Lunatic asylums Bombay report 1878-1890 - 1878-1890
Year: 1878
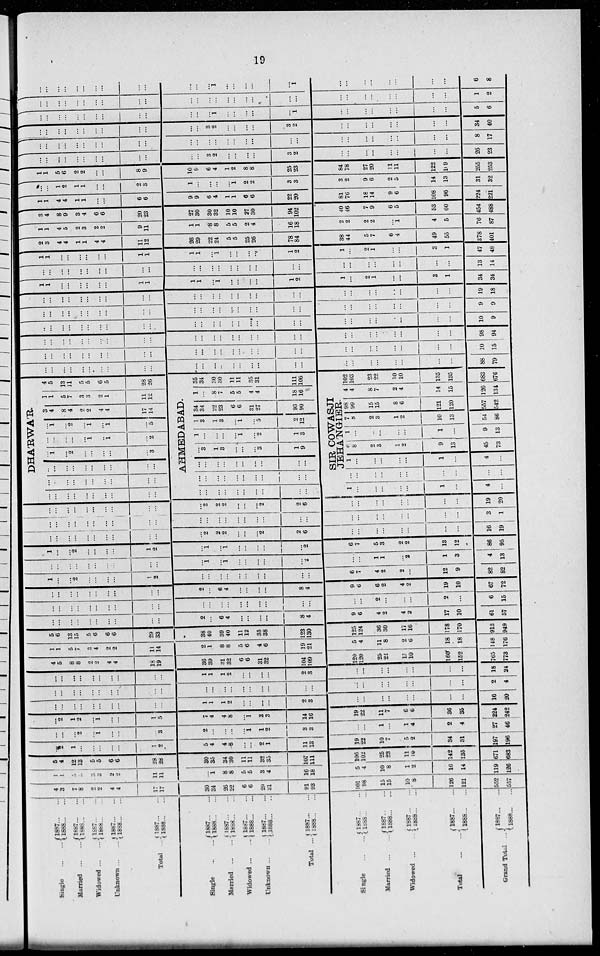
19
Single ... ...
Married ... ...
Widowed
...
...
Unknown
...
...
Total
...
Single ... ...
Married
...
...
Widowed
...
...
Unknown ... ...
Total ...
1887 ... ...
1888 ... ...
1887
...
...
1888 ... ...
1887 ... ...
1888 ... ...
1887 ... ...
1888 ... ...
1887 ... ...
1888 ... ...
1887
...
...
1888 ... ...
1887 ... ...
1888 ... ...
1887 ... ...
1888 ... ...
1887 ... ...
1888 ... ...
1887 ... ...
1888 ... ...
Single
...
...
Married ... ...
Widowed ... ...
Total ... ...
Grand Total ...
1887 ... ...
1888 ... ...
1887 ... ...
1888 ... ...
1887
...
...
1888 ... ...
1887 ... ...
1888 ... ...
1887 ... ...
1888 ... ...
4
3
7
8
2
2
4
4
17
17
30
34
26
22
6
6
29
31
91
93
101
98
15
15
10
8
126
121
552
557
1
1
5
5
3
3
2
2
11
11
...
1
8
8
5
5
3
4
16
18
5
4
10
8
1
2
16
14
119
126
5
4
12
13
5
5
6
6
28
28
30
35
34
30
11
11
32
35
107
111
106
102
25
23
11
10
142
135
671
683
...
2
1
...
...
...
...
...
1
2
5
4
4
8
...
...
2
1
11
13
19
22
10
7
5
2
34
31
197
196
...
...
...
2
...
1
...
...
...
3
2
...
...
...
...
1
1
2
3
3
...
...
1
...
1
4
2
4
27
46
...
2
1
2
...
1
...
...
1
5
7
4
4
8
...
1
3
3
14
16
19
22
11
7
6
6
36
35
224
242
...
...
...
...
...
...
...
...
...
...
1
1
1
2
...
...
...
...
2
3
...
...
...
...
...
...
...
...
16
20
...
...
...
...
...
...
...
...
...
...
...
...
...
...
...
...
...
...
...
...
...
...
...
...
...
...
...
...
2
4
...
...
...
...
...
...
...
...
...
...
1
1
1
2
...
...
...
...
2
3
...
...
...
...
...
...
...
...
18
24
4
5
8
8
2
2
4
4
18
19
36
39
31
32
6
6
31
32
104
109
120
120
25
22
15
10
160
152
765
773
1
1
5
7
3
4
2
2
11
14
2
1
8
8
5
6
4
6
19
21
5
4
11
8
2
6
18
18
148
176
5
6
13
15
5
6
6
6
29
33
38
40
39
40
11
12
35
38
123
130
125
124
36
30
17
16
178
170
913
949
...
...
...
...
...
...
...
...
...
...
2
...
6
4
...
...
...
...
8
4
9
6
4
2
4
2
17
10
61
57
...
...
...
...
...
...
...
...
...
...
...
...
...
...
...
...
...
...
...
...
...
...
2
...
...
...
2
...
6
15
...
...
...
...
...
...
...
...
...
...
2
...
6
4
...
...
...
...
8
4
9
6
6
2
4
2
19
10
67
72
1
...
...
2
...
...
...
...
1
2
...
...
...
...
...
...
...
...
...
...
6
7
4
2
2
...
12
9
82
82
...
...
...
...
...
...
...
...
...
...
...
1
...
1
...
...
...
...
...
2
...
...
1
1
...
2
1
3
4
13
1
...
...
2
...
...
...
...
1
2
...
1
...
1
...
...
...
...
...
2
6
7
5
3
2
2
13
12
86
95
...
...
...
...
...
...
...
...
...
...
...
2
2
2
...
...
...
2
2
6
...
...
...
...
...
...
...
...
16
19
...
...
...
...
...
...
...
...
...
...
...
...
...
...
...
...
...
...
...
...
...
...
...
...
...
...
...
...
3
1
...
...
...
...
...
...
...
...
...
...
...
2
2
2
...
...
...
2
2
6
...
...
...
...
...
...
...
...
19
20
DHA'RWA'R.
...
...
...
...
...
...
...
...
...
...
...
...
...
...
...
...
...
...
...
...
...
...
...
...
...
...
...
...
...
...
...
1
...
2
...
...
...
...
...
3
...
...
...
...
...
1
...
1
...
2
...
1
...
2
...
1
...
1
...
5
3
4
8
4
2
2
4
4
17
14
1
1
5
7
3
3
2
1
11
12
4
5
13
11
5
5
6
5
28
26
AHMEDABAD.
...
...
...
...
...
...
...
...
...
...
...
...
...
...
...
...
...
...
...
...
...
...
...
...
...
...
...
...
...
...
...
3
1
3
...
...
...
3
1
9
1
...
...
...
...
1
...
2
1
3
1
3
1
3
...
1
...
5
2
12
34
34
22
23
6
6
31
27
93
90
1
...
8
7
5
5
4
4
18
16
35
34
30
30
11
11
35
31
111
106
SIR COWASJI
JEHA'NGIER.
1
...
...
...
...
...
1
...
4
...
...
...
...
...
...
...
...
...
...
...
1
...
...
...
...
...
1
...
4
...
6
8
2
3
1
2
9
13
45
73
1
...
...
...
...
...
1
...
9
13
7
8
2
3
1
2
10
13
54
86
98
99
15
15
8
6
121
120
557
542
4
4
8
7
2
4
14
15
126
134
102
103
23
22
10
10
135
135
683
676
...
...
...
...
...
...
...
...
...
...
...
...
...
...
...
...
...
...
...
...
...
...
...
...
...
...
...
...
88
79
...
...
...
...
...
...
...
...
...
...
...
...
...
...
...
...
...
...
...
...
...
...
...
...
...
...
...
...
10
15
...
...
...
...
...
...
...
...
...
...
...
...
...
...
...
...
...
...
...
...
...
...
...
...
...
...
...
...
98
94
...
...
...
...
...
...
...
...
...
...
...
...
...
...
...
...
...
...
...
...
...
...
...
...
...
...
...
...
10
9
...
...
...
...
...
...
...
...
...
...
...
...
...
...
...
...
...
...
...
...
...
...
...
...
...
...
...
...
9
9
...
...
...
...
...
...
...
...
...
...
...
...
...
...
...
...
...
...
...
...
...
...
...
...
...
...
...
...
19
18
1
1
...
...
...
...
...
...
1
1
1
1
...
1
...
...
...
...
1
2
1
...
2
1
...
...
3
1
34
34
...
...
...
...
...
...
...
...
...
...
...
...
...
...
...
...
...
...
...
...
...
...
...
...
...
...
...
...
13
14
1
1
...
...
...
...
...
...
1
1
1
1
...
1
...
...
...
...
1
2
1
...
2
1
...
...
3
1
47
48
2
3
4
4
1
1
4
4
11
12
26
29
22
24
5
5
25
26
78
84
38
44
5
7
6
4
49
55
378
401
1
1
4
5
2
3
2
2
9
11
1
1
8
8
5
5
2
4
16
18
2
2
2
2
...
1
4
5
76
87
3
4
8
9
3
4
6
6
20
23
27
30
30
32
10
10
27
30
94
102
40
46
7
9
6
5
53
60
454
488
1
1
4
4
1
1
...
...
6
6
9
9
6
4
1
1
6
6
22
20
81
76
18
14
9
6
108
96
224
221
...
...
1
2
1
1
...
...
2
3
1
...
...
...
...
1
2
2
3
3
3
2
9
6
2
5
14
13
31
32
1
1
5
6
2
2
...
...
8
9
10
9
6
4
1
2
8
8
25
23
84
78
27
20
11
11
122
109
255
253
...
...
...
...
...
...
...
...
...
...
...
...
3
2
...
...
...
...
3
2
...
...
...
...
...
...
...
...
26
23
...
...
...
...
...
...
...
...
...
...
...
...
...
...
...
...
...
...
...
...
...
...
...
...
...
...
...
...
8
17
...
...
...
...
...
...
...
...
...
...
...
...
3
2
...
...
...
...
3
2
...
...
...
...
...
...
...
...
34
40
...
...
...
...
...
...
...
...
...
...
...
...
...
1
...
...
...
...
...
1
...
...
...
...
...
...
...
...
5
6
...
...
...
...
...
...
...
...
...
...
...
...
...
...
...
...
...
...
...
...
...
...
...
...
...
...
...
...
1
2
...
...
...
...
...
...
...
...
...
...
...
...
...
1
...
...
...
...
...
1
...
...
...
...
...
...
...
...
6
8